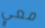
معي